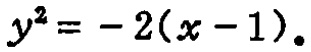
\(y^{2}=-2(x - 1)\)